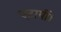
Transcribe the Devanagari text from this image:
चढ़ायीं।